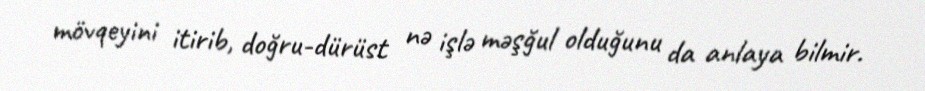
mövqeyini itirib, doğru-dürüst nə işlə məşğul olduğunu da anlaya bilmir.